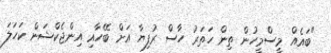
"ބައެއް މީސްމީހުން ތިން ހަތަރު ހާސް ރުފިޔާ އަށް ބޭހާއި އިންޖެކްޝަން ކަހަލަ